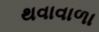
થવાવાળા